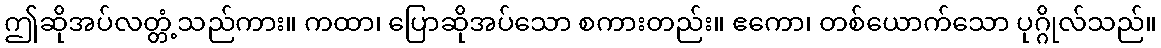
ဤဆိုအပ်လတ္တံ့သည်ကား။ ကထာ၊ ပြောဆိုအပ်သော စကားတည်း။ ဧကော၊ တစ်ယောက်သော ပုဂ္ဂိုလ်သည်။